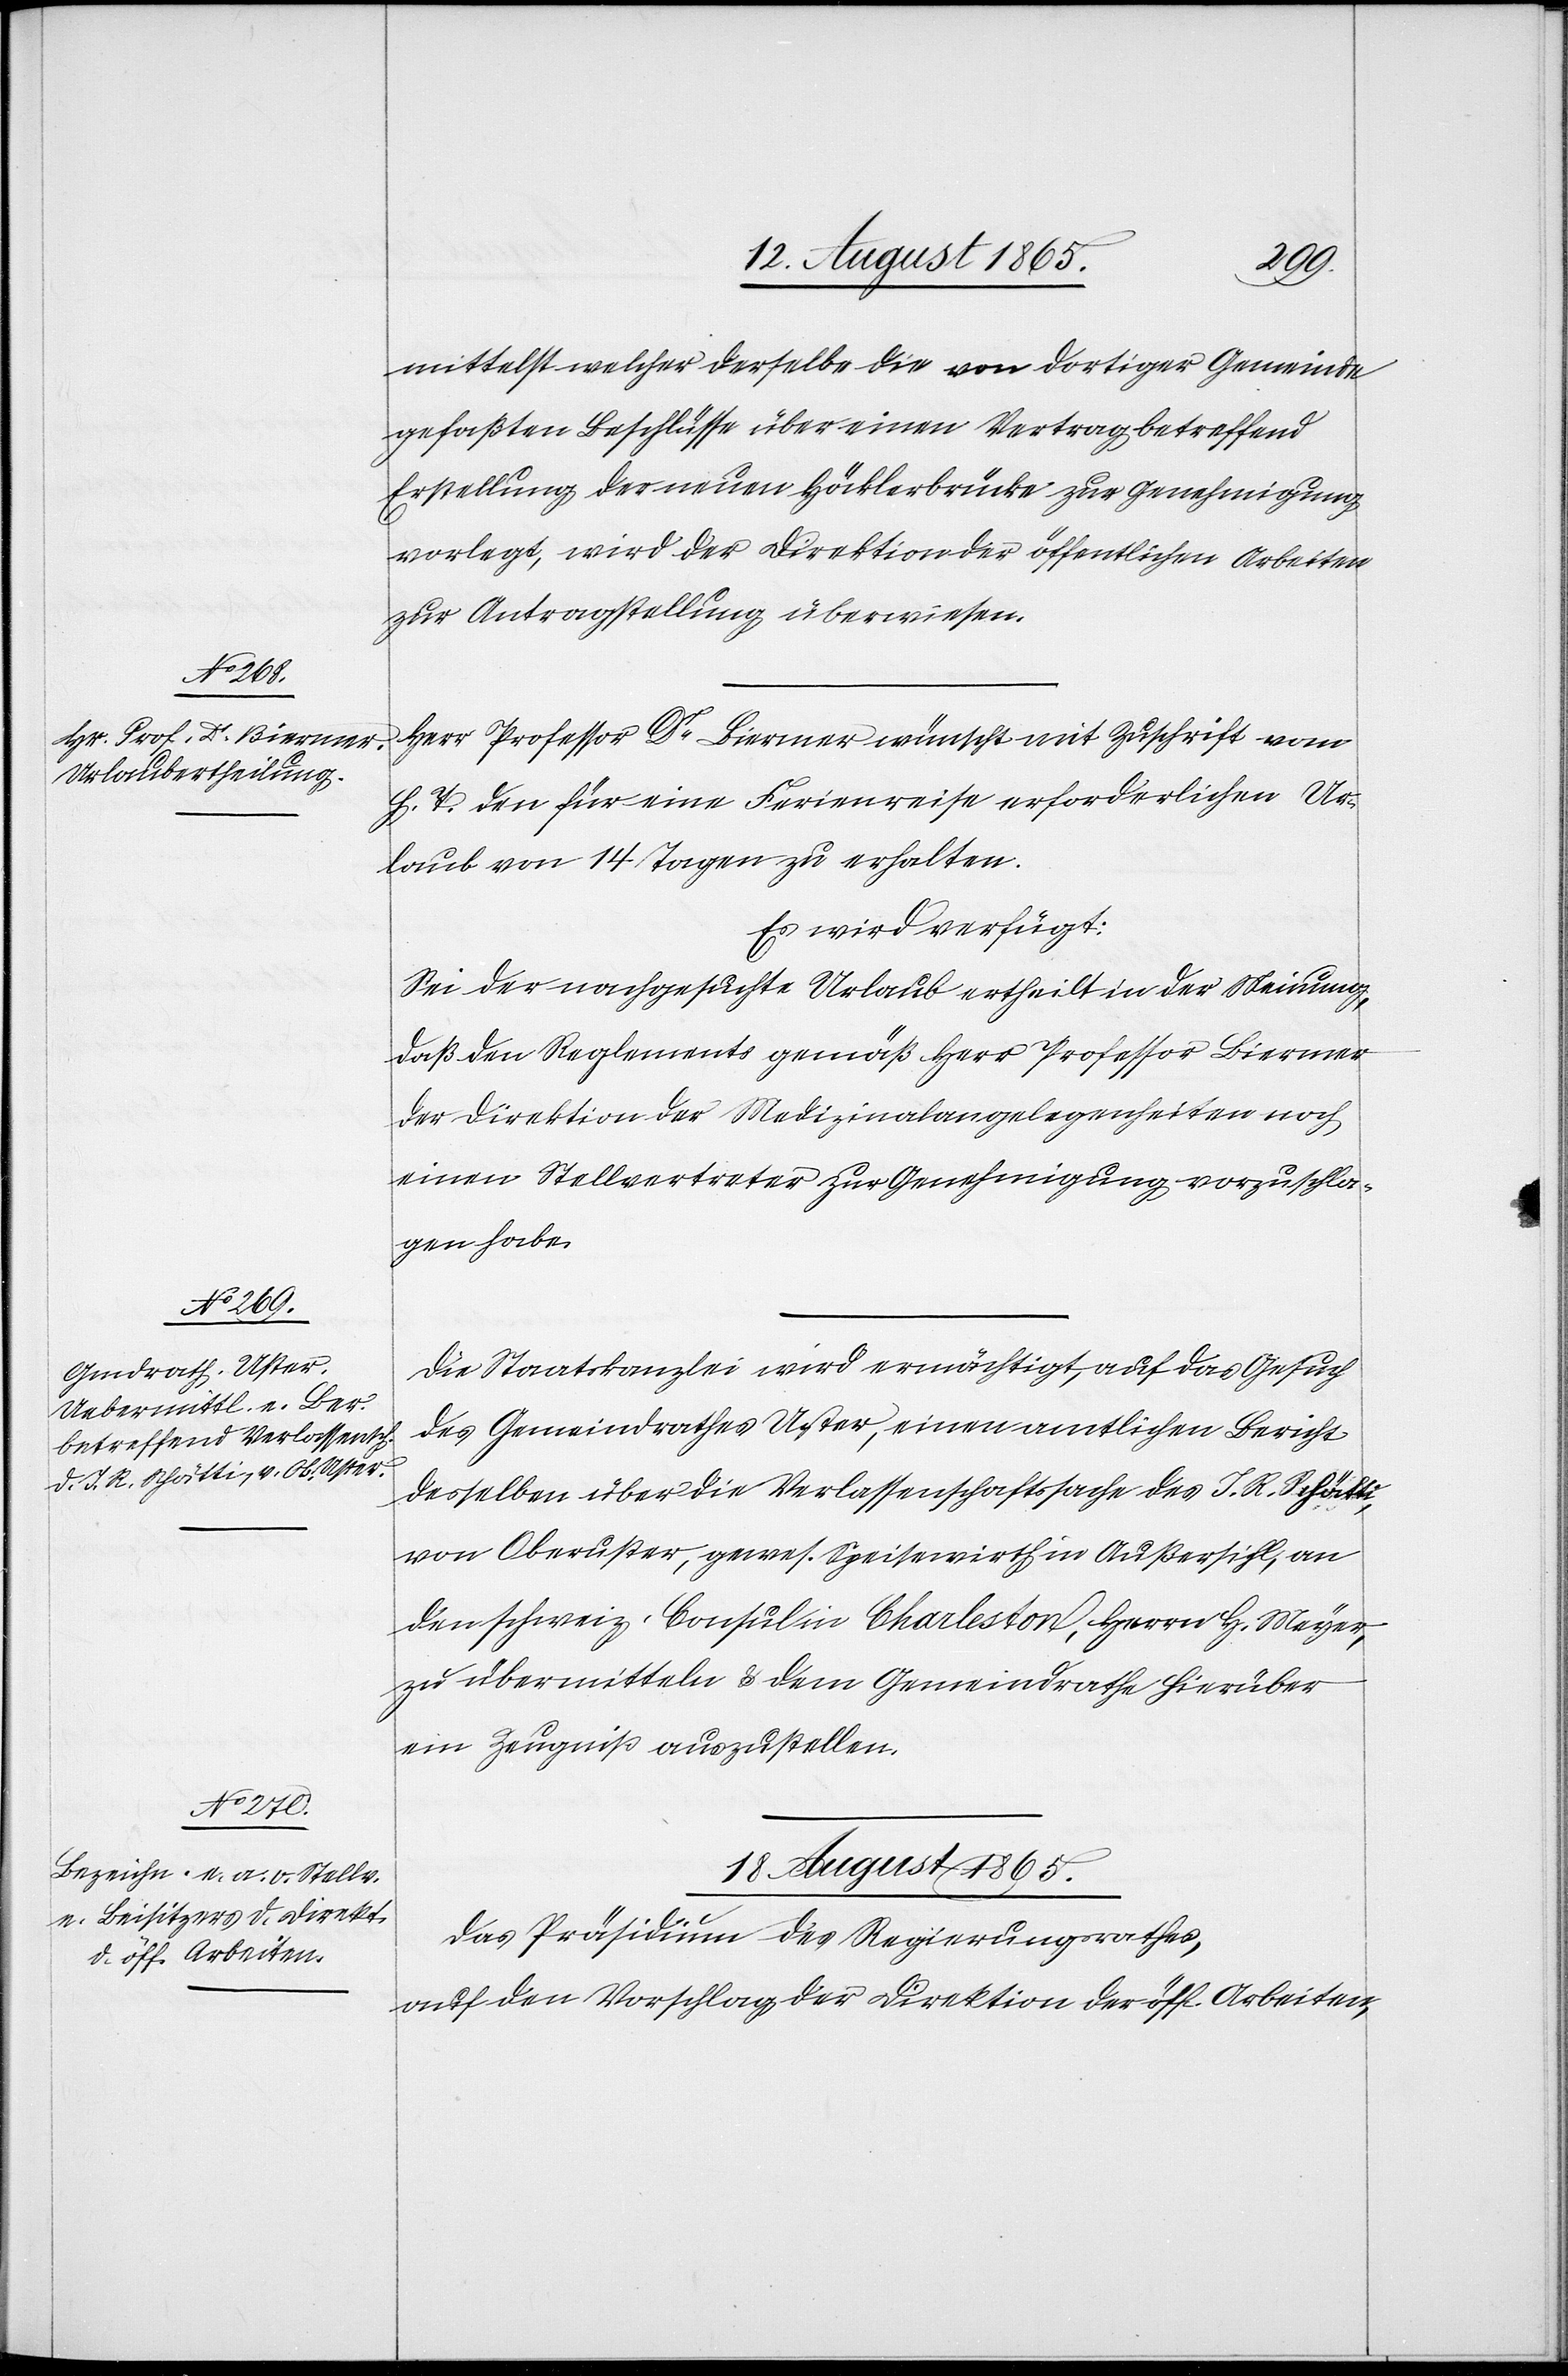
mittelst welcher derselbe die von dortiger Gemeinde
gefaßten Beschlüsse über einen Vertrag betreffend
Erstellung der neuen Höcklerbrücke zur Genehmigung
vorlegt, wird der Direktion der öffentlichen Arbeiten
zur Antragstellung überwiesen.
Herr Professor Dr Biermer wünscht mit Zuschrift vom
h. T. den für eine Ferienreise erforderlichen Ur¬
laub von 14 Tagen zu erhalten.
Es wird verfügt:
Sei der nachgesuchte Urlaub ertheilt in der Meinung,
daß den Reglements gemäß Herr Professor Biermer
der Direktion der Medizinalangelegenheiten noch
einen Stellvertreter zur Genehmigung vorzuschla¬
gen habe.
Die Staatskanzlei wird ermächtigt, auf das Gesuch
des Gemeindrathes Uster, einen amtlichen Bericht
desselben über die Verlassenschaftssache des J. R. Schätti,
von Oberuster, gewes. Speisewirth in Außersihl, an
den schweiz. Consul in Charleston, Herrn H. Meyer,
zu übermitteln u. dem Gemeindrathe hierüber
ein Zeugniß auszustellen.
18. August 1865.
Das Präsidium des Regierungsrathes,
auf den Vorschlag der Direktion der öff. Arbeiten,